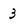
Character: 3